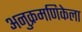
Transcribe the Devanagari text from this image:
अनुक्रमणिकेला